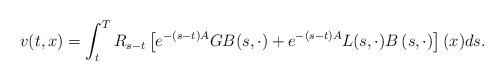
LaTeX: \begin{align*}v(t,x)=\int_{t}^{T}R_{s-t}\left[ e^{-(s-t){A}}GB(s,\cdot) + e^{-(s-t){A}}L(s,\cdot)B\left( s,\cdot\right) \right] ( x) ds. \end{align*}